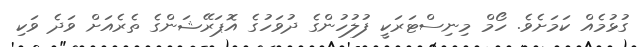
ގުޅުމެއް ކަމަށެވެ. ހޯމް މިނިސްޓަރަކީ ފުލުހުންގެ ދުވަހުގެ އޮޕަރޭޝަންގެ ތެރެއަށް ވަދެ ވަކި